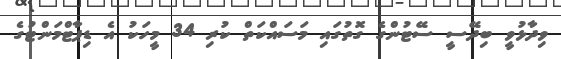
ވިދާޅުވީ ބިދޭސީ ސޭޓުންގެ ގޮތުގައި މަސައްކަތް ކުރި 34 މީހަކު އެ ޑިޕާޓްމަންޓުގެ